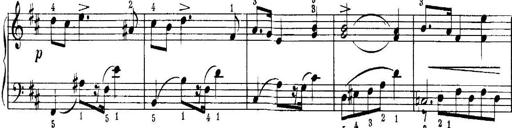
Title: Quatres sonatines
Composer: Tadeusz Joteyko